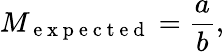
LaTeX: M_{\mathrm{~e~x~p~e~c~t~e~d~}}=\frac{a}{b},